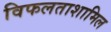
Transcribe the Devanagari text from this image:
विफलताशामिल